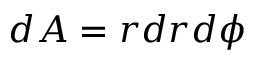
d A = r d r d \phi